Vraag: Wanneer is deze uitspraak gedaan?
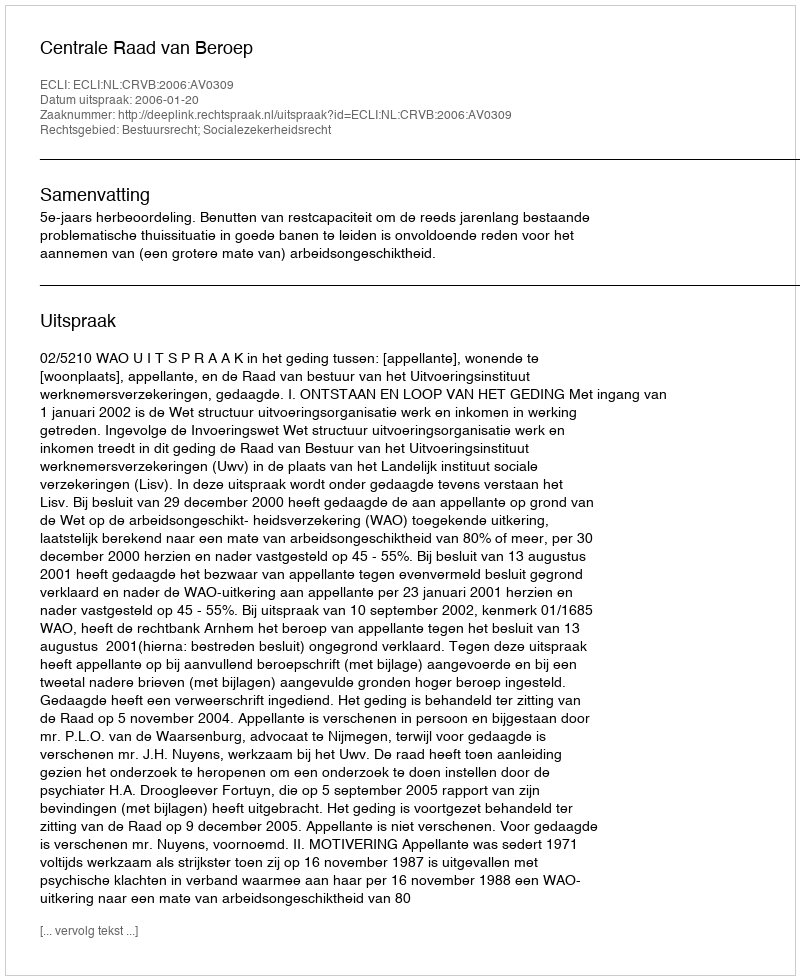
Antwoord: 2006-01-20